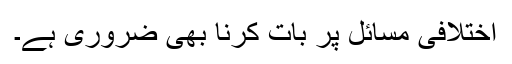
اختلافی مسائل پر بات کرنا بھی ضروری ہے۔